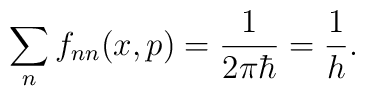
\sum_nf_{nn}(x,p)=\frac{1}{2\pi\hbar}=\frac{1}{h} .